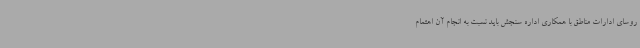
روسای ادارات مناطق با همکاری اداره سنجش باید نسبت به انجام آن اهتمام